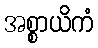
အစ္စာယိကံ